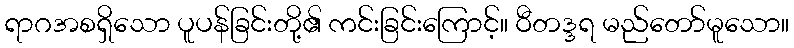
ရာဂအစရှိသော ပူပန်ခြင်းတို့၏ ကင်းခြင်းကြောင့်။ ဝီတဒ္ဒရ မည်တော်မူသော။